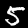
Label: 5